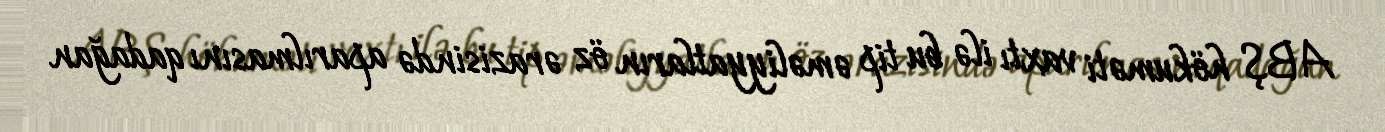
ABŞ hökuməti vaxtı ilə bu tip əməliyyatların öz ərazisində aparılmasını qadağan